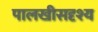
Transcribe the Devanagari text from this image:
पालखीसदृश्य